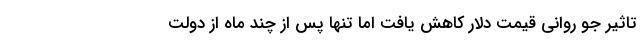
تاثیر جو روانی قیمت دلار کاهش یافت اما تنها پس از چند ماه از دولت